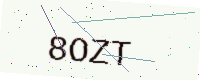
Text: 8OZT